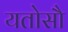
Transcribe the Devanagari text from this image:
यतोसौ